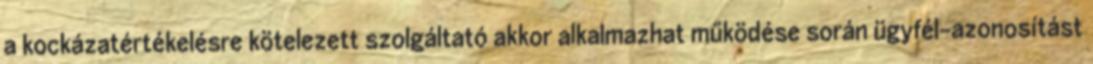
a kockázatértékelésre kötelezett szolgáltató akkor alkalmazhat működése során ügyfél-azonosítást